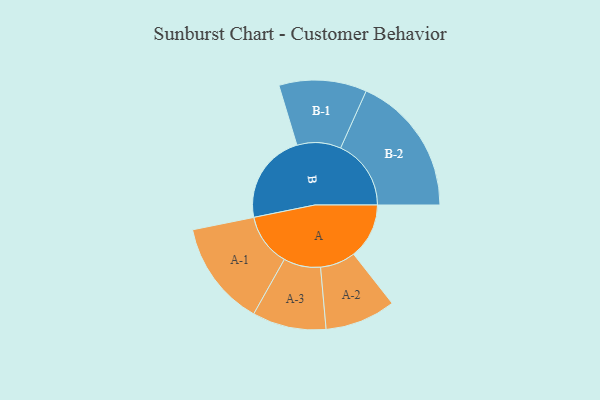
{"axis": {"x": "Segment", "y": "Value"}, "legend": ["", "A", "B"], "data": [{"x": "A", "y": 215, "type": ""}, {"x": "B", "y": 351, "type": ""}, {"x": "A-1", "y": 204, "type": "A"}, {"x": "A-2", "y": 137, "type": "A"}, {"x": "A-3", "y": 143, "type": "A"}, {"x": "B-1", "y": 170, "type": "B"}, {"x": "B-2", "y": 273, "type": "B"}]}